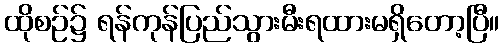
ထိုစဉ်၌ ရန်ကုန်ပြည်သွားမီးရထားမရှိတော့ပြီ။